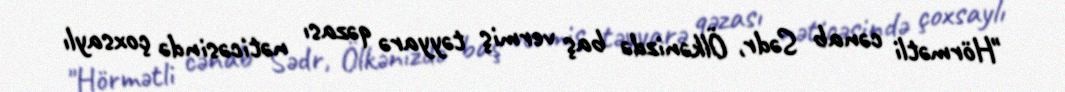
"Hörmətli cənab Sədr, Ölkənizdə baş vermiş təyyarə qəzası nəticəsində çoxsaylı